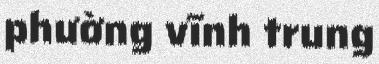
phường vĩnh trung